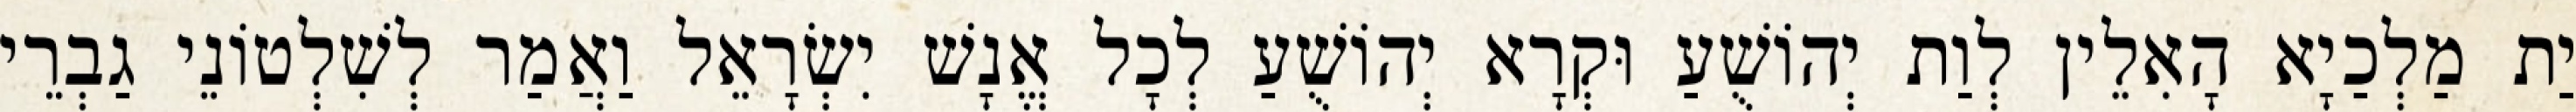
יַת מַלְכַיָא הָאִלֵין לְוַת יְהוֹשֻׁעַ וּקְרָא יְהוֹשֻׁעַ לְכָל אֱנָשׁ יִשְׂרָאֵל וַאֲמַר לְשִׁלְטוֹנֵי גַבְרֵי